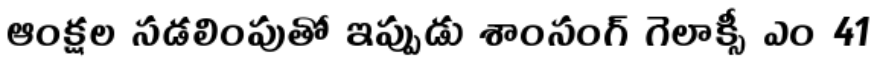
ఆంక్షల సడలింపుతో ఇప్పుడు శాంసంగ్ గెలాక్సీ ఎం 41